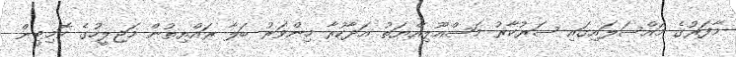
މާފަރުގެ މައްސަލައިގައި ސަރުކާރު މަސްއޫލިއްޔަތު އަދާކުރާ މިންވަރު ބަލާ ރައްޔިތުން މަޖިލީހުގެ ކޮމިޓީން